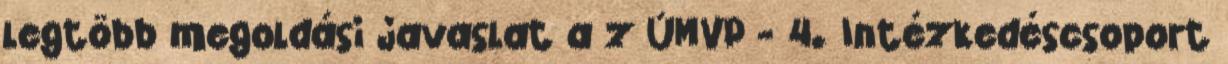
legtöbb megoldási javaslat a z ÚMVP - 4. Intézkedéscsoport